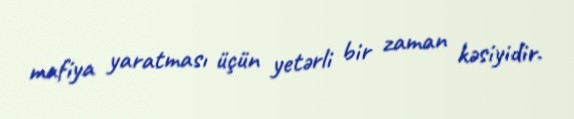
mafiya yaratması üçün yetərli bir zaman kəsiyidir.